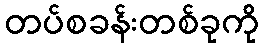
တပ်စခန်းတစ်ခုကို